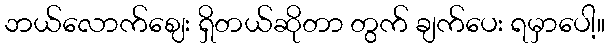
ဘယ်လောက်ဈေး ရှိတယ်ဆိုတာ တွက် ချက်ပေး ရမှာပေါ့။